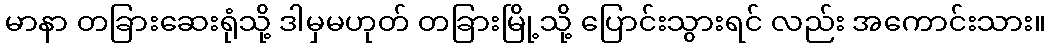
မာနာ တခြားဆေးရုံသို့ ဒါမှမဟုတ် တခြားမြို့သို့ ပြောင်းသွားရင် လည်း အကောင်းသား။